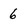
Character: 6